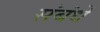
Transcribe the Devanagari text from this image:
संबंधें